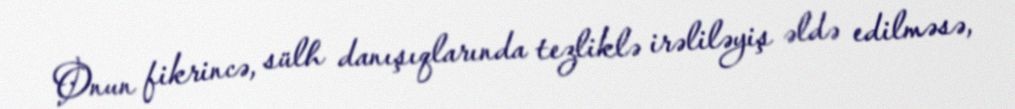
Onun fikrincə, sülh danışıqlarında tezliklə irəliləyiş əldə edilməsə,